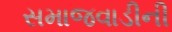
સમાજવાડીની